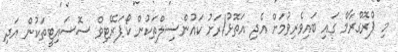
މި ޕްރޮގްރާމް ގައި ބައިވެރިވުމަށް އެދި އަތޮޅު/ރަށު ކައުންސިލްތަކުން ކޯޕަރޭޓިވް ސޮސައިޓީތަކުން އަދި